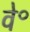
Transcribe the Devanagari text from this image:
वे॰